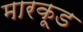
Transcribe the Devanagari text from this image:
मारकूड